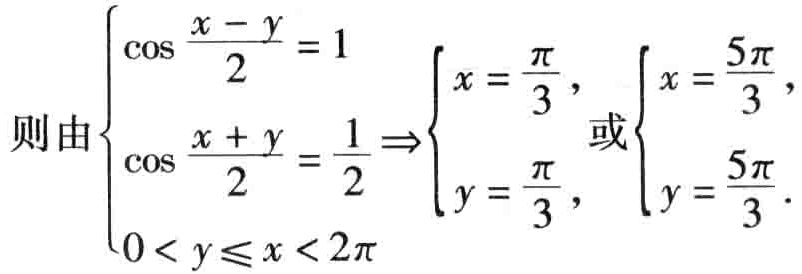
\[
\text{则由}
\begin{cases}
\cos\frac{x - y}{2} = 1 \\
\cos\frac{x + y}{2} = \frac{1}{2} \\
0 < y \leq x < 2\pi
\end{cases}
\Rightarrow
\begin{cases}
x = \frac{\pi}{3}, \\
y = \frac{\pi}{3},
\end{cases}
\text{或}
\begin{cases}
x = \frac{5\pi}{3}, \\
y = \frac{5\pi}{3}.
\end{cases}
\]